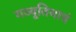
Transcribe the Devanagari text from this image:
गव्यूतिमात्रं